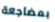
بمضاجعة